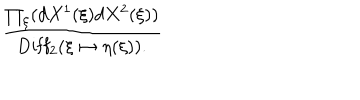
{ \frac { \prod _ { \xi } ( d X ^ { 1 } ( \xi ) d X ^ { 2 } ( \xi ) ) } { \mathrm { D i f f } _ { 2 } ( \xi \mapsto \eta ( \xi ) ) . } }